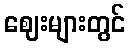
ဈေးများတွင်